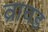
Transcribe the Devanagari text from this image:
व्राचड